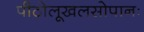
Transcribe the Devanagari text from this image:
पीठोलूखलसोपानः